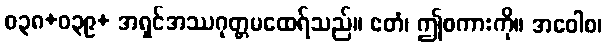
ဝ၃၈+ဝ၃၉+ အရှင်အဿဂုတ္တမထေရ်သည်။ ဧတံ၊ ဤစကားကို။ အဝေါစ၊